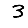
Digit: 3